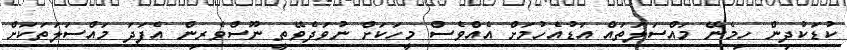
ކުޑަކުދިން ހިމެނޭ މައްސަލަތައް އަޑުއެހުމަށް އެއްވެސް މީހަކަށް ނުވަދެވޭތީ ނޫސްވެރިން އެފަދަ މައްސަލަތަކަށް